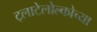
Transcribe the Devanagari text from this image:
ट्लाटेलोल्कोच्या